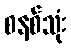
စနစ်သုံး